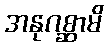
အနုဂစ္ဆာမိ